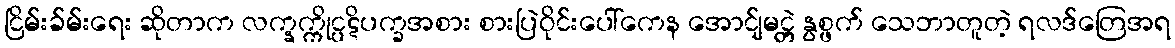
ငြိမ်းခ်မ်းရေး ဆိုတာက လက္နက္ကိုင္ပဋိပက္ခအစား စားပြဲဝိုင်းပေါ်ကေန အောင်ျမင္တဲ့ နွစ္ဖက် သေဘာတူတဲ့ ရလဒ်တြေအရ